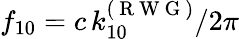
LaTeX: f_{10}={c\, k_{10}^{(\mathrm{~R~W~G~})}}/2\pi